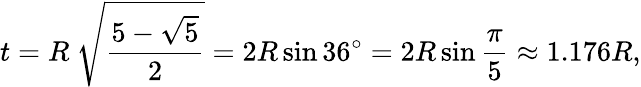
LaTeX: t=R\ {\sqrt{\frac{5-{\sqrt{5}}}{2}}}=2R\sin 36^{\circ}=2R\sin{\frac{\pi}{5}}\approx 1.176R,